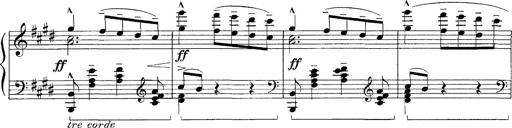
Title: FÃ¼nf KlavierstÃ¼cke
Composer: Franz Liszt